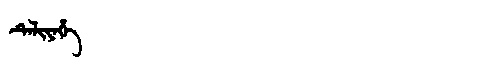
Manchu: ᡨᡝᠯᡳᠶᡝᡥᡝ
Romanization: TELIYEHE